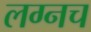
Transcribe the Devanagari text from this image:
लग्नच